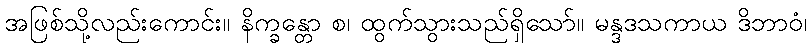
အဖြစ်သို့လည်းကောင်း။ နိက္ခန္တော စ၊ ထွက်သွားသည်ရှိသော်။ မန္ဒဒသကာယ ဒိဘာဝံ၊